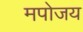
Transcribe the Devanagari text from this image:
मपोजय